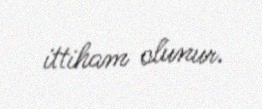
ittiham olunur.